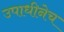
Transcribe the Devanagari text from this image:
उपाधीनेच